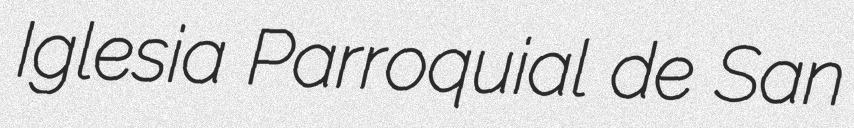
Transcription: Iglesia Parroquial de San